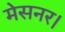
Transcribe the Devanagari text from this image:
मेसनर।